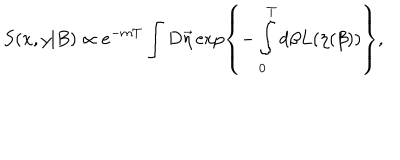
LaTeX: S ( x , y | B ) \propto e ^ { - m T } \int D \vec { \eta } \exp \left\{ - \int _ { 0 } ^ { T } d \beta L ( \eta ( \beta ) ) \right\} ,